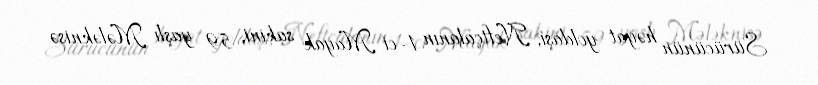
Sürücünün həyat yoldaşı, Neftçalanın 1-ci Mayak sakini, 59 yaşlı Mələknisə